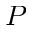
P